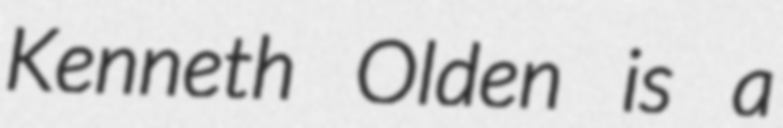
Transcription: Kenneth Olden is a